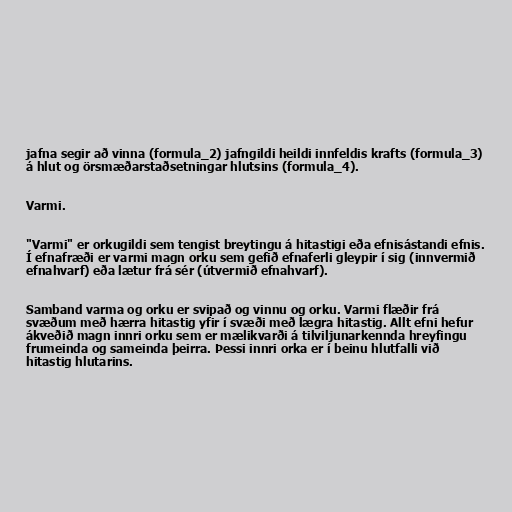
jafna segir að vinna (formula_2) jafngildi heildi innfeldis krafts (formula_3)
á hlut og örsmæðarstaðsetningar hlutsins (formula_4).

Varmi.

"Varmi" er orkugildi sem tengist breytingu á hitastigi eða efnisástandi efnis.
Í efnafræði er varmi magn orku sem gefið efnaferli gleypir í sig (innvermið
efnahvarf) eða lætur frá sér (útvermið efnahvarf).

Samband varma og orku er svipað og vinnu og orku. Varmi flæðir frá
svæðum með hærra hitastig yfir í svæði með lægra hitastig. Allt efni hefur
ákveðið magn innri orku sem er mælikvarði á tilviljunarkennda hreyfingu
frumeinda og sameinda þeirra. Þessi innri orka er í beinu hlutfalli við
hitastig hlutarins.